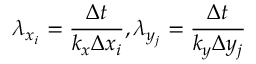
\lambda _ { x _ { i } } = \frac { \Delta t } { k _ { x } \Delta x _ { i } } , \lambda _ { y _ { j } } = \frac { \Delta t } { k _ { y } \Delta y _ { j } }